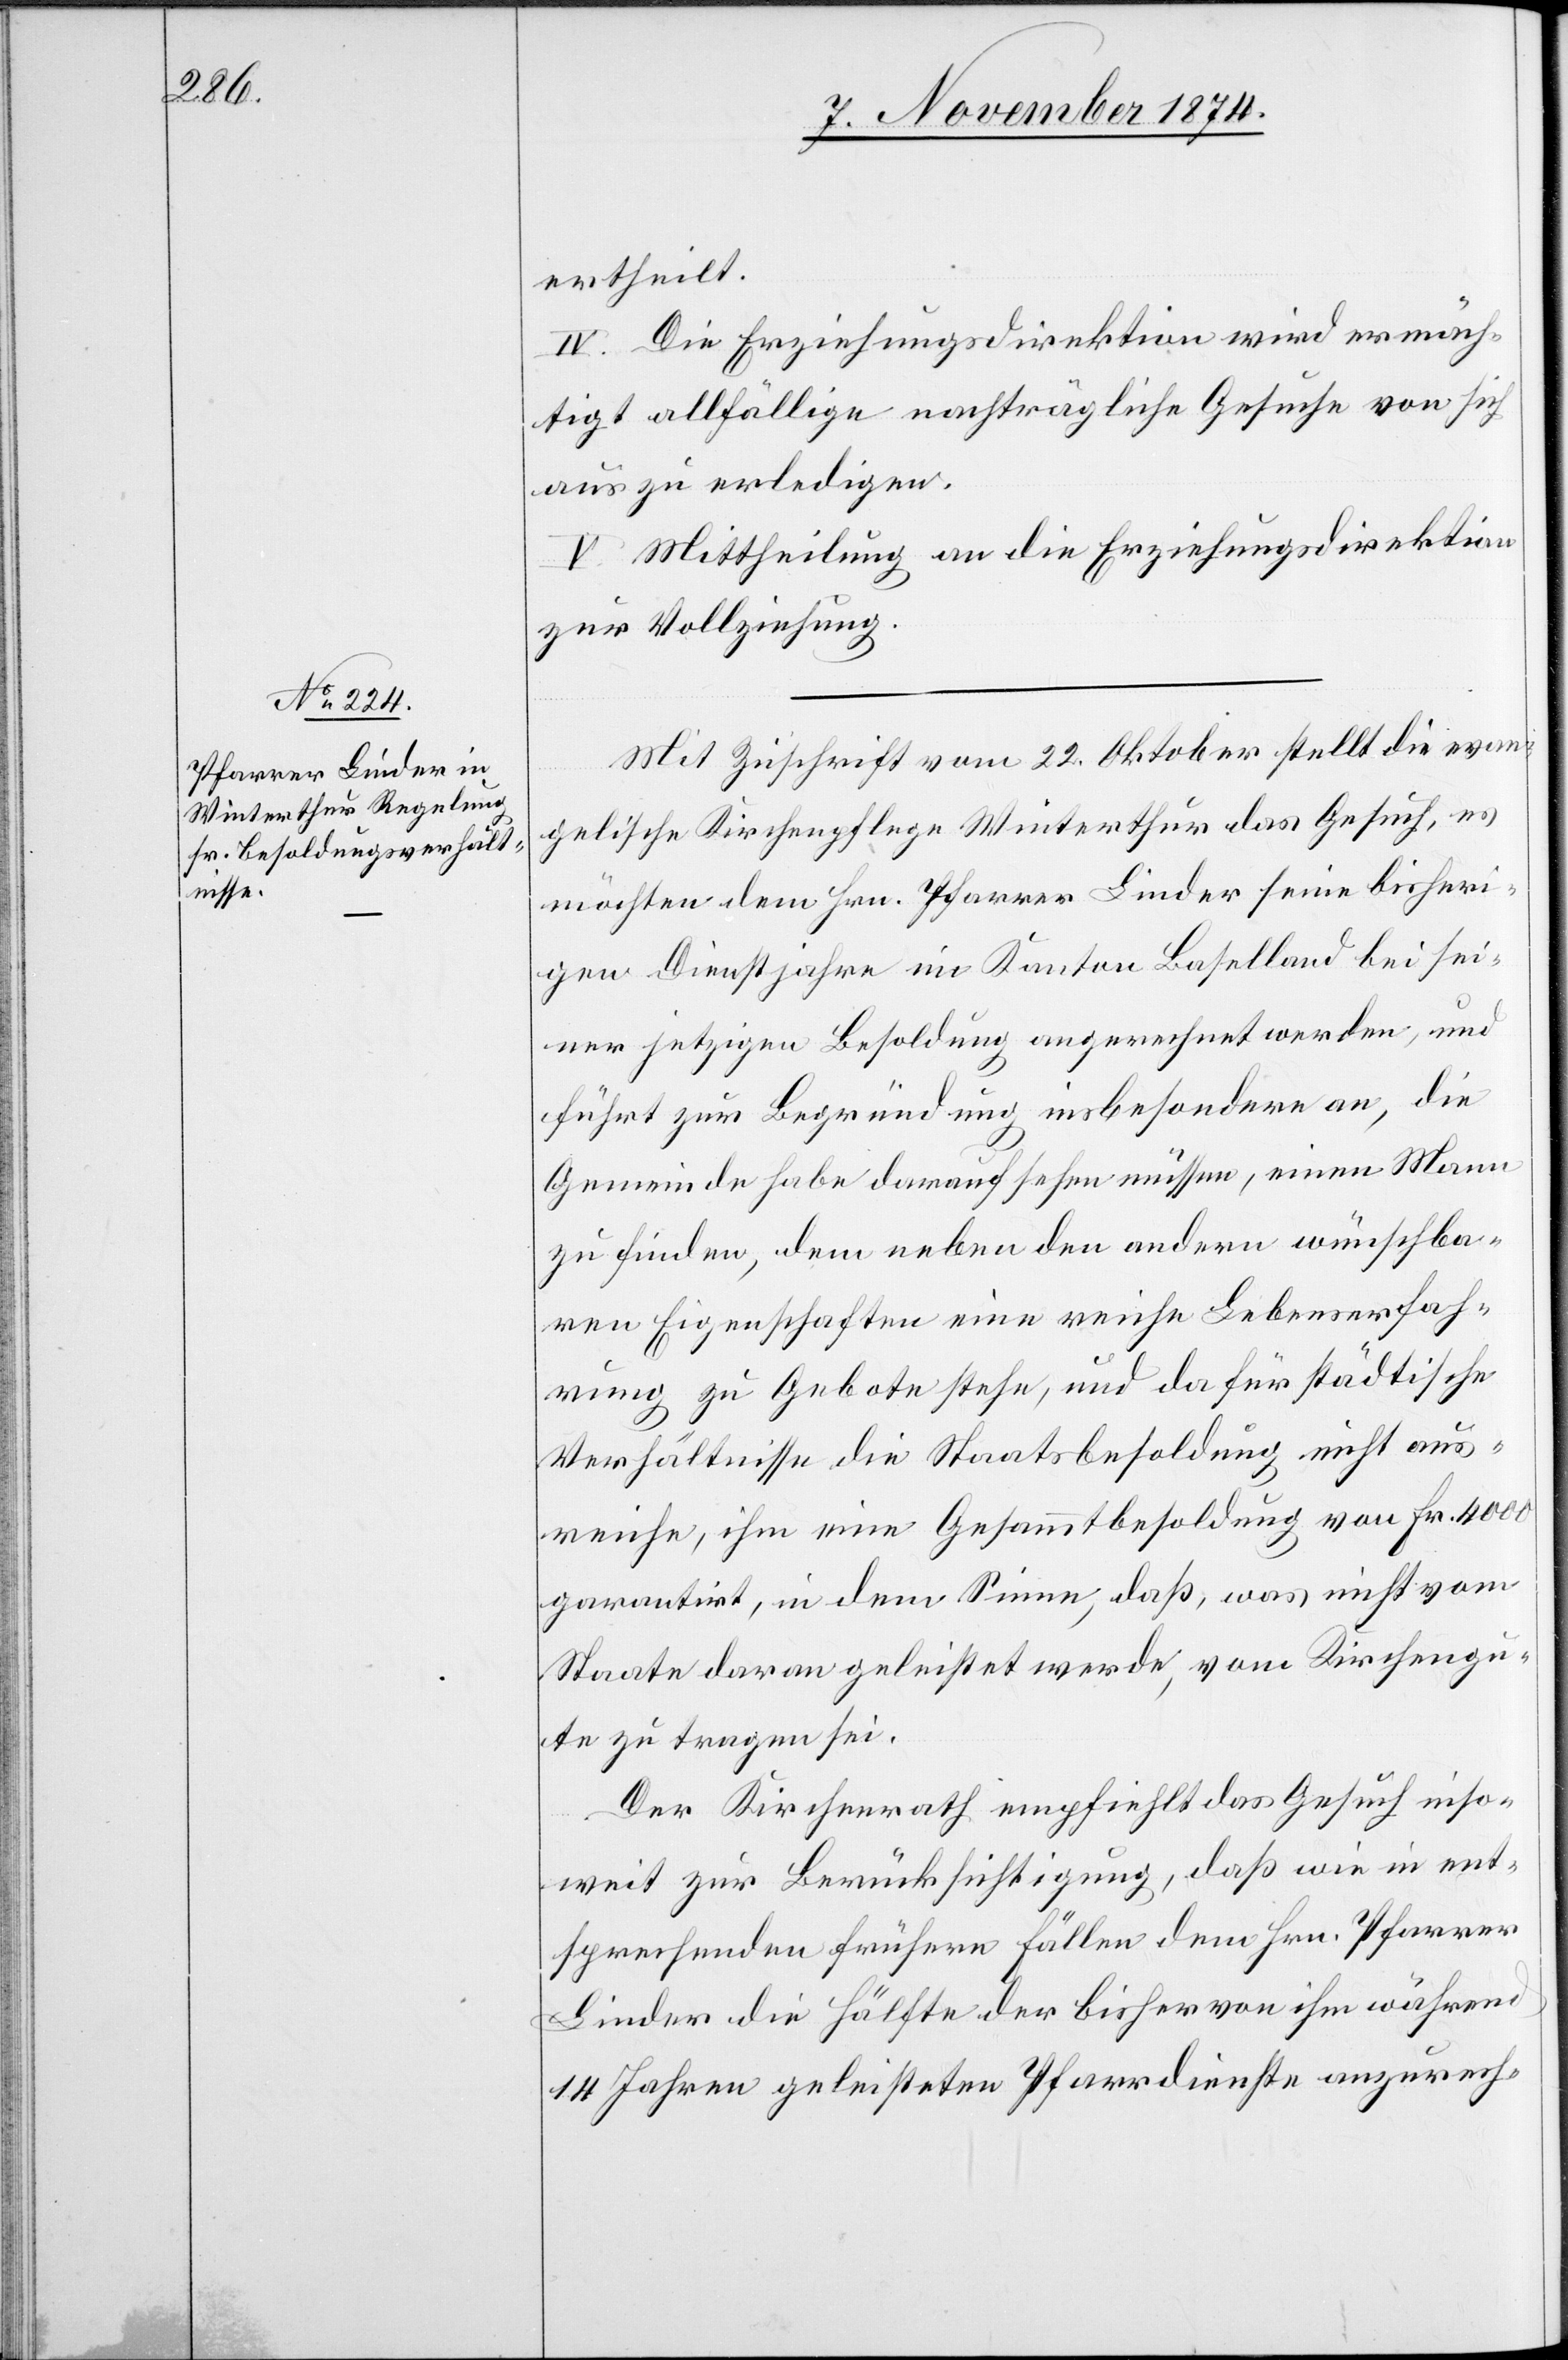
ertheilt.
IV. Die Erziehungsdirektion wird ermäch¬
tigt allfällige nachträgliche Gesuche von sich
aus zu erledigen.
V. Mittheilung an die Erziehungsdirektion
zur Vollziehung.
Mit Zuschrift vom 22. Oktober stellt die evan¬
gelische Kirchenpflege Winterthur das Gesuch, es
möchten dem Hrn. Pfarrer Linder seine bisheri¬
gen Dienstjahre im Kanton Baselland bei sei¬
ner jetzigen Besoldung angerechnet werden, und
führt zur Begründung insbesondere an, die
Gemeinde habe darauf sehen müssen, einen Mann
zu finden, dem neben den andern wünschba¬
ren Eigenschaften eine reiche Lebenserfah¬
rung zu Gebote stehe, und da für städtische
Verhältnisse die Staatsbesoldung nicht aus¬
reiche, ihm eine Gesammtbesoldung von Fr. 4000
garantirt, in dem Sinne, daß, was nicht vom
Staate daran geleistet werde, vom Kirchengu¬
te zu tragen sei.
Der Kirchenrath empfiehlt das Gesuch inso¬
weit zur Berücksichtigung, daß wie in ent¬
sprechenden frühern Fällen dem Hrn. Pfarrer
Linder die Hälfte der bisher von ihm während
14 Jahren geleisteten Pfarrdienste anzurech-